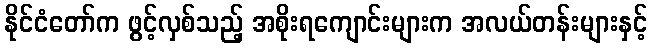
နိုင်ငံတော်က ဖွင့်လှစ်သည့် အစိုးရကျောင်းများက အလယ်တန်းများနှင့်